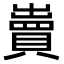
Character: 𧷓